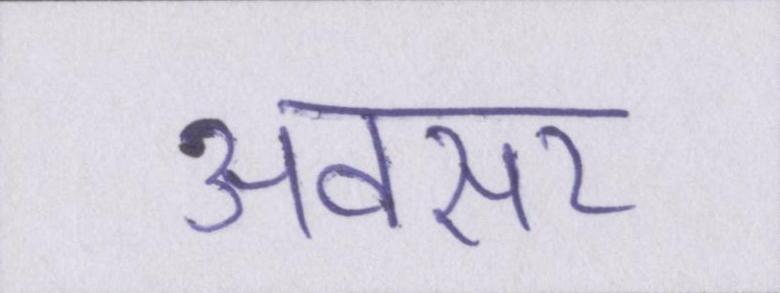
अवसर